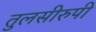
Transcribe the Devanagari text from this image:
तुलसीरुपी